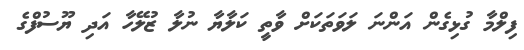
ފިލްމާ ގުޅިގެން އަންނަ ލަވަތަކަށް ވާތީ ކަލާޔާ ނުލާ ޒުލޭހާ އަދި ޔޫސުފްގެ